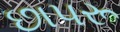
છાપરૂ